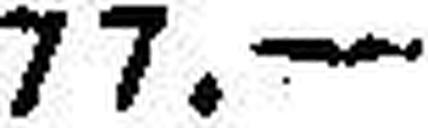
77.—